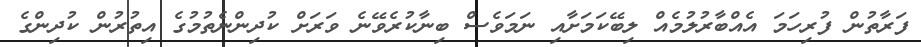
ފަރާތުން ފުރިހަމަ އެއްބާރުލުމެއް ލިބޭކަމަށާއި ނަމަވެސް ބިނާކުރެވޭނެ ވަރަށް ކުދިންނެތުމުގެ އިތުރުން ކުދިންގެ